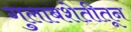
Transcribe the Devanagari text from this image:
गुलाबशेतीतून